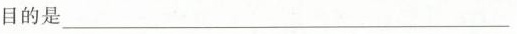
目的是___